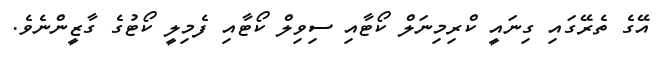
އޭގެ ތެރޭގައި ގިނައީ ކްރިމިނަލް ކޯޓާއި ސިވިލް ކޯޓާއި ފެމިލީ ކޯޓުގެ ގާޒީންނެވެ.